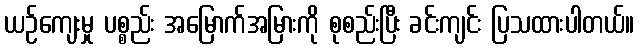
ယဉ်ကျေးမှု ပစ္စည်း အမြောက်အမြားကို စုစည်းပြီး ခင်းကျင်း ပြသထားပါတယ်။